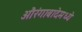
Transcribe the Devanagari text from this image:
औरंगाबादेमध्ये